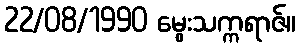
22/08/1990 မွေးသက္ကရာဇ်။